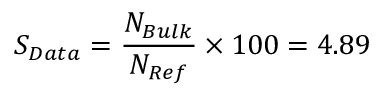
\displaystyle S _ { D a t a } = \frac { N _ { B u l k } } { N _ { R e f } } \times 1 0 0 = 4 . 8 9 \